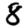
Digit: 8